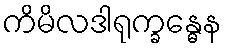
ကိမိလဒါရုက္ခန္ဓေန